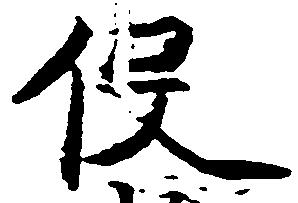
役